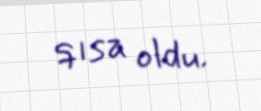
qısa oldu.